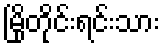
မြိုတိုင်းရင်းသား